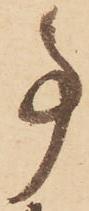
事